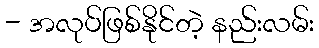
- အလုပ်ဖြစ်နိုင်တဲ့ နည်းလမ်း